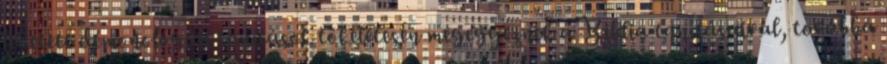
levetett démonológiai tanítások tökéletesen megegyeznek a Biblia tanításaival, továbbá